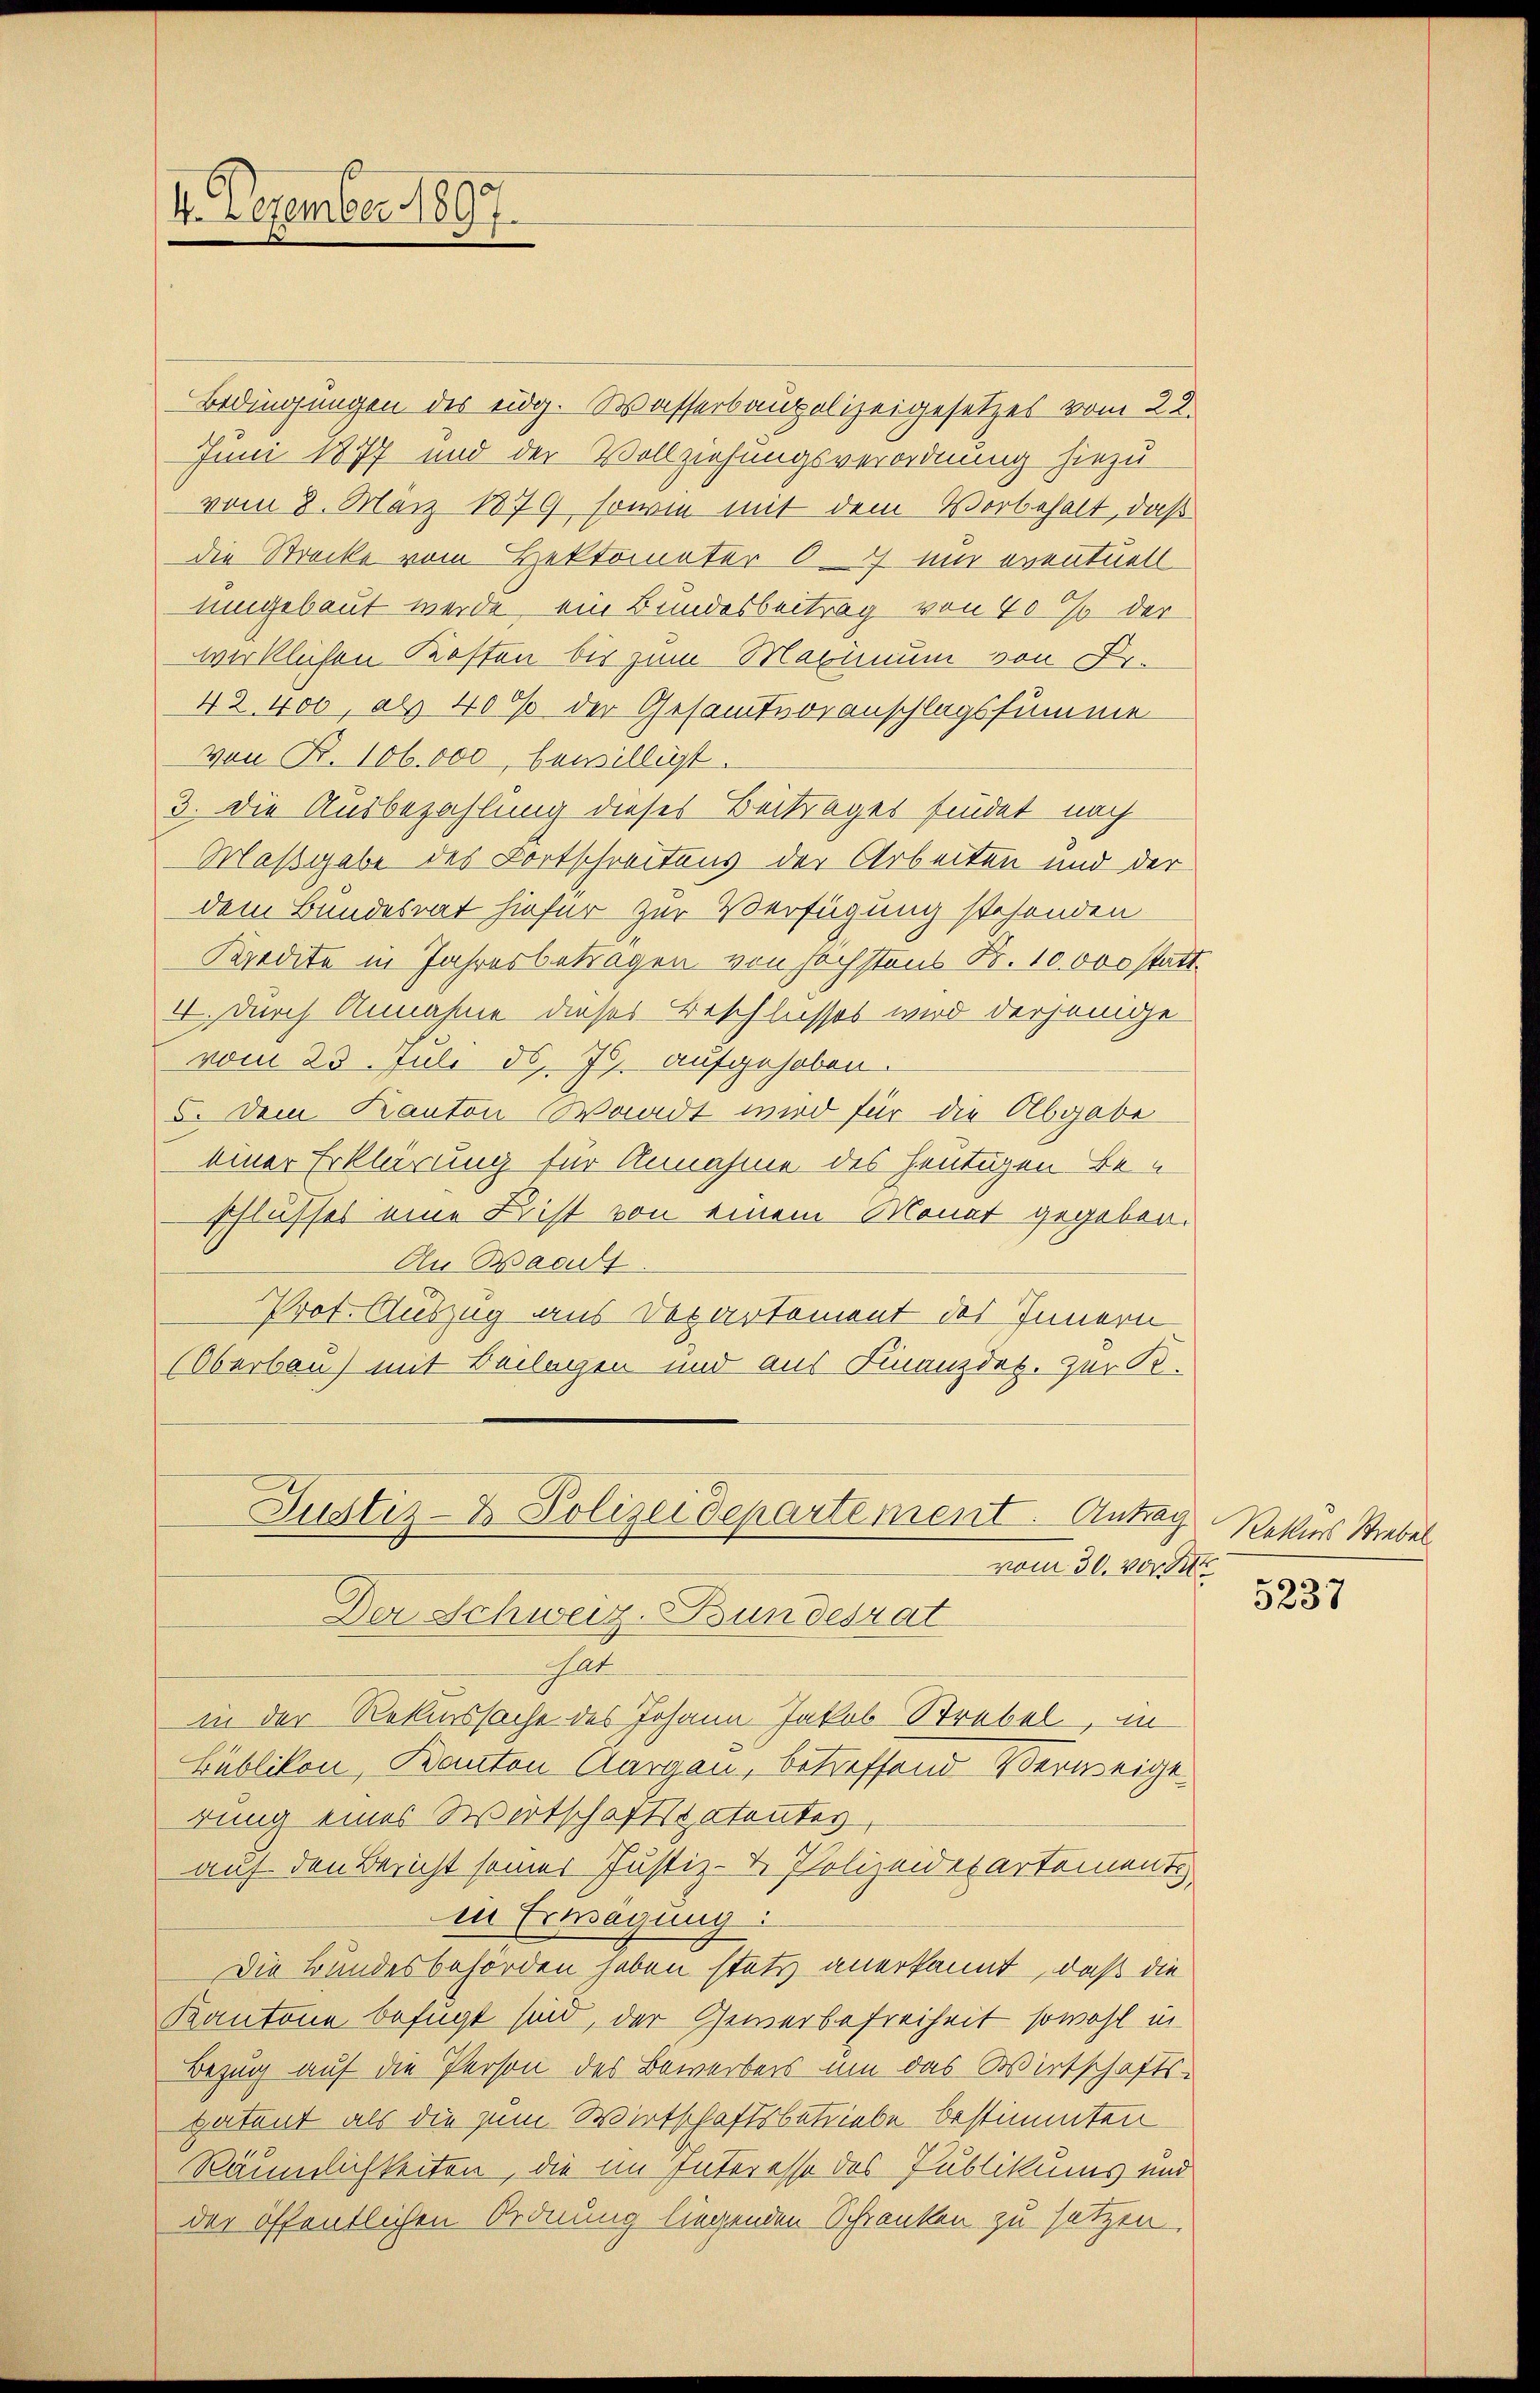
4. Dezember 1897.

Bedingungen des eidg. Wasserbaupolizeigesetzes vom 28.
Juni 1877 und der Vollziehungsverordnung hiezu
vom 8. März 1879, sowie mit dem Vorbehalt, daß
die Strecke vom Hektomater 6 7) um eventuell
umgebaut werde, ein Bundesbeitrag von 40% der
wirklichen Kosten bis zum Maximum von Fr.
42,400, als 400 der Gesamtvoranschlagssumme
von Fr. 106,000 bewilligt.
3. Die Ausbezahlung dieses Beitrages findet nach
Maßgabe des Fortschreitens der Arbeiten und der
dem Bundesrat hiefür zur Verfügung stehenden
Kredite in Jahresbetragen von höchstens B. 10000 statt
I. durch Annahme dieses Beschlusses wird derjenige
vom 23. Juli d. Js. aufgehoben.
5. Dem Kanton Waadt wird für die Abgabe
einer Erklärung für Annahme des heutigen Be
schlusses eine Frist von einem Monat gegeben.
Au Bacult
Prot. Auszug aus Departement des Innern
(Oberbau) mit Beilagen und aus Finanzdek. zur R.

Justiz- & Polizeidepartement. Antrag
vom 30. vor

Der Schweiz. Bundesrat
t
in der Rekurssache des Johann Jakob Strebel, in
Bublikon, Kanton Aargau, betreffend Verweigt.
rung eines Wirtschaftspatentes
auf den Bericht seiner Justiz- & Polizeidepartement
in Erwägung:
Die Bundesbehörden haben stets anerkannt, daß die
Kantone befugt sind, der Gewerbefreiheit sowohl in
Bezug auf die Person des Bewerbens um das Wirtschafts-
patent als die zum Wirtschaftsbetriebe bestimmten
Räumlichkeiten, die im Interesse des Publikums und
der öffentlichen Ordnung liegenden Schranken zu setzen.

Rekurs Strebel
5237